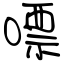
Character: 嘌